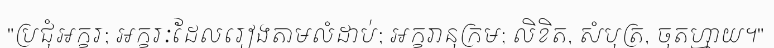
"ប្រជុំអក្ខរ; អក្ខរៈដែលរៀងតាមលំដាប់; អក្ខរានុក្រម; លិខិត, សំបុត្រ, ចុតហ្មាយ។"